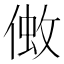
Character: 𠌒